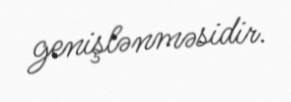
genişlənməsidir.